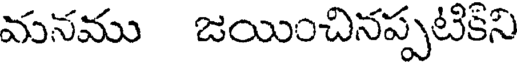
మనము జయించినప్పటికిని